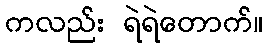
ကလည်း ရဲရဲတောက်။